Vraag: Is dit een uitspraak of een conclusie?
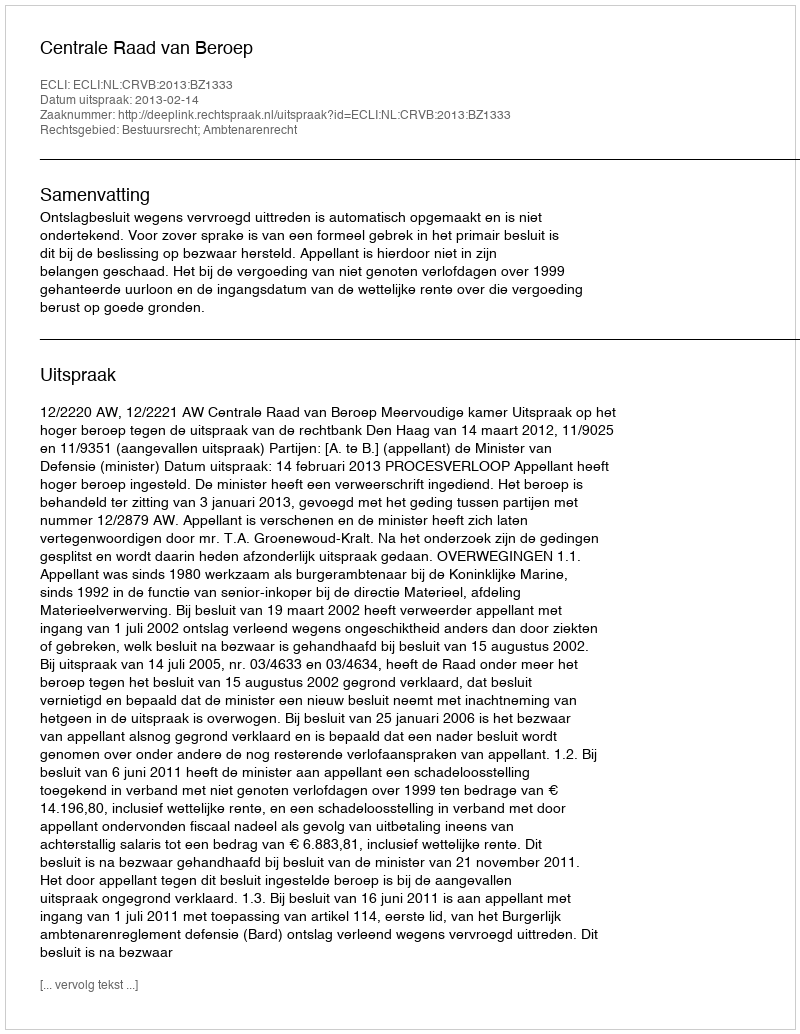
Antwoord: Uitspraak